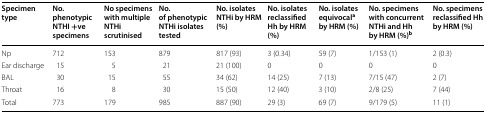
<table><thead><tr><td><b>Specimen type</b></td><td><b>No. phenotypic NTHI +ve specimens</b></td><td><b>No specimens with multiple NTHi scrutinised</b></td><td><b>No. of phenotypic NTHi isolates tested</b></td><td><b>No. isolates NTHi by HRM (%)</b></td><td><b>No. isolates reclassified Hh by HRM (%)</b></td><td><b>No. isolates equivocal<sup>a</sup> by HRM (%)</b></td><td><b>No. specimens with concurrent NTHi and Hh by HRM (%)<sup>b</sup></b></td><td><b>No. specimens reclassified Hh by HRM (%)</b></td></tr></thead><tbody><tr><td>Np</td><td>712</td><td>153</td><td>879</td><td>817 (93)</td><td>3 (0.34)</td><td>59 (7)</td><td>1/153 (1)</td><td>2 (0.3)</td></tr><tr><td>Ear discharge</td><td>15</td><td>5</td><td>21</td><td>21 (100)</td><td>0</td><td>0</td><td>0</td><td>0</td></tr><tr><td>BAL</td><td>30</td><td>15</td><td>55</td><td>34 (62)</td><td>14 (25)</td><td>7 (13)</td><td>7/15 (47)</td><td>2 (7)</td></tr><tr><td>Throat</td><td>16</td><td>8</td><td>30</td><td>15 (50)</td><td>12 (40)</td><td>3 (10)</td><td>2/8 (25)</td><td>7 (44)</td></tr><tr><td>Total</td><td>773</td><td>179</td><td>985</td><td>887 (90)</td><td>29 (3)</td><td>69 (7)</td><td>9/179 (5)</td><td>11 (1)</td></tr></tbody></table>